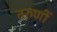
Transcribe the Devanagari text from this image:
तरुणीं